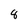
Character: 8